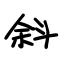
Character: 斜